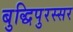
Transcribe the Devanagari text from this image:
बुद्धिपुरस्सर